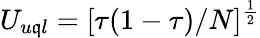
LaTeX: U_{u\mathfrak{q}l}=[\tau(1-\tau)/N]^{\frac{{1}}{{2}}}